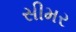
સીમર